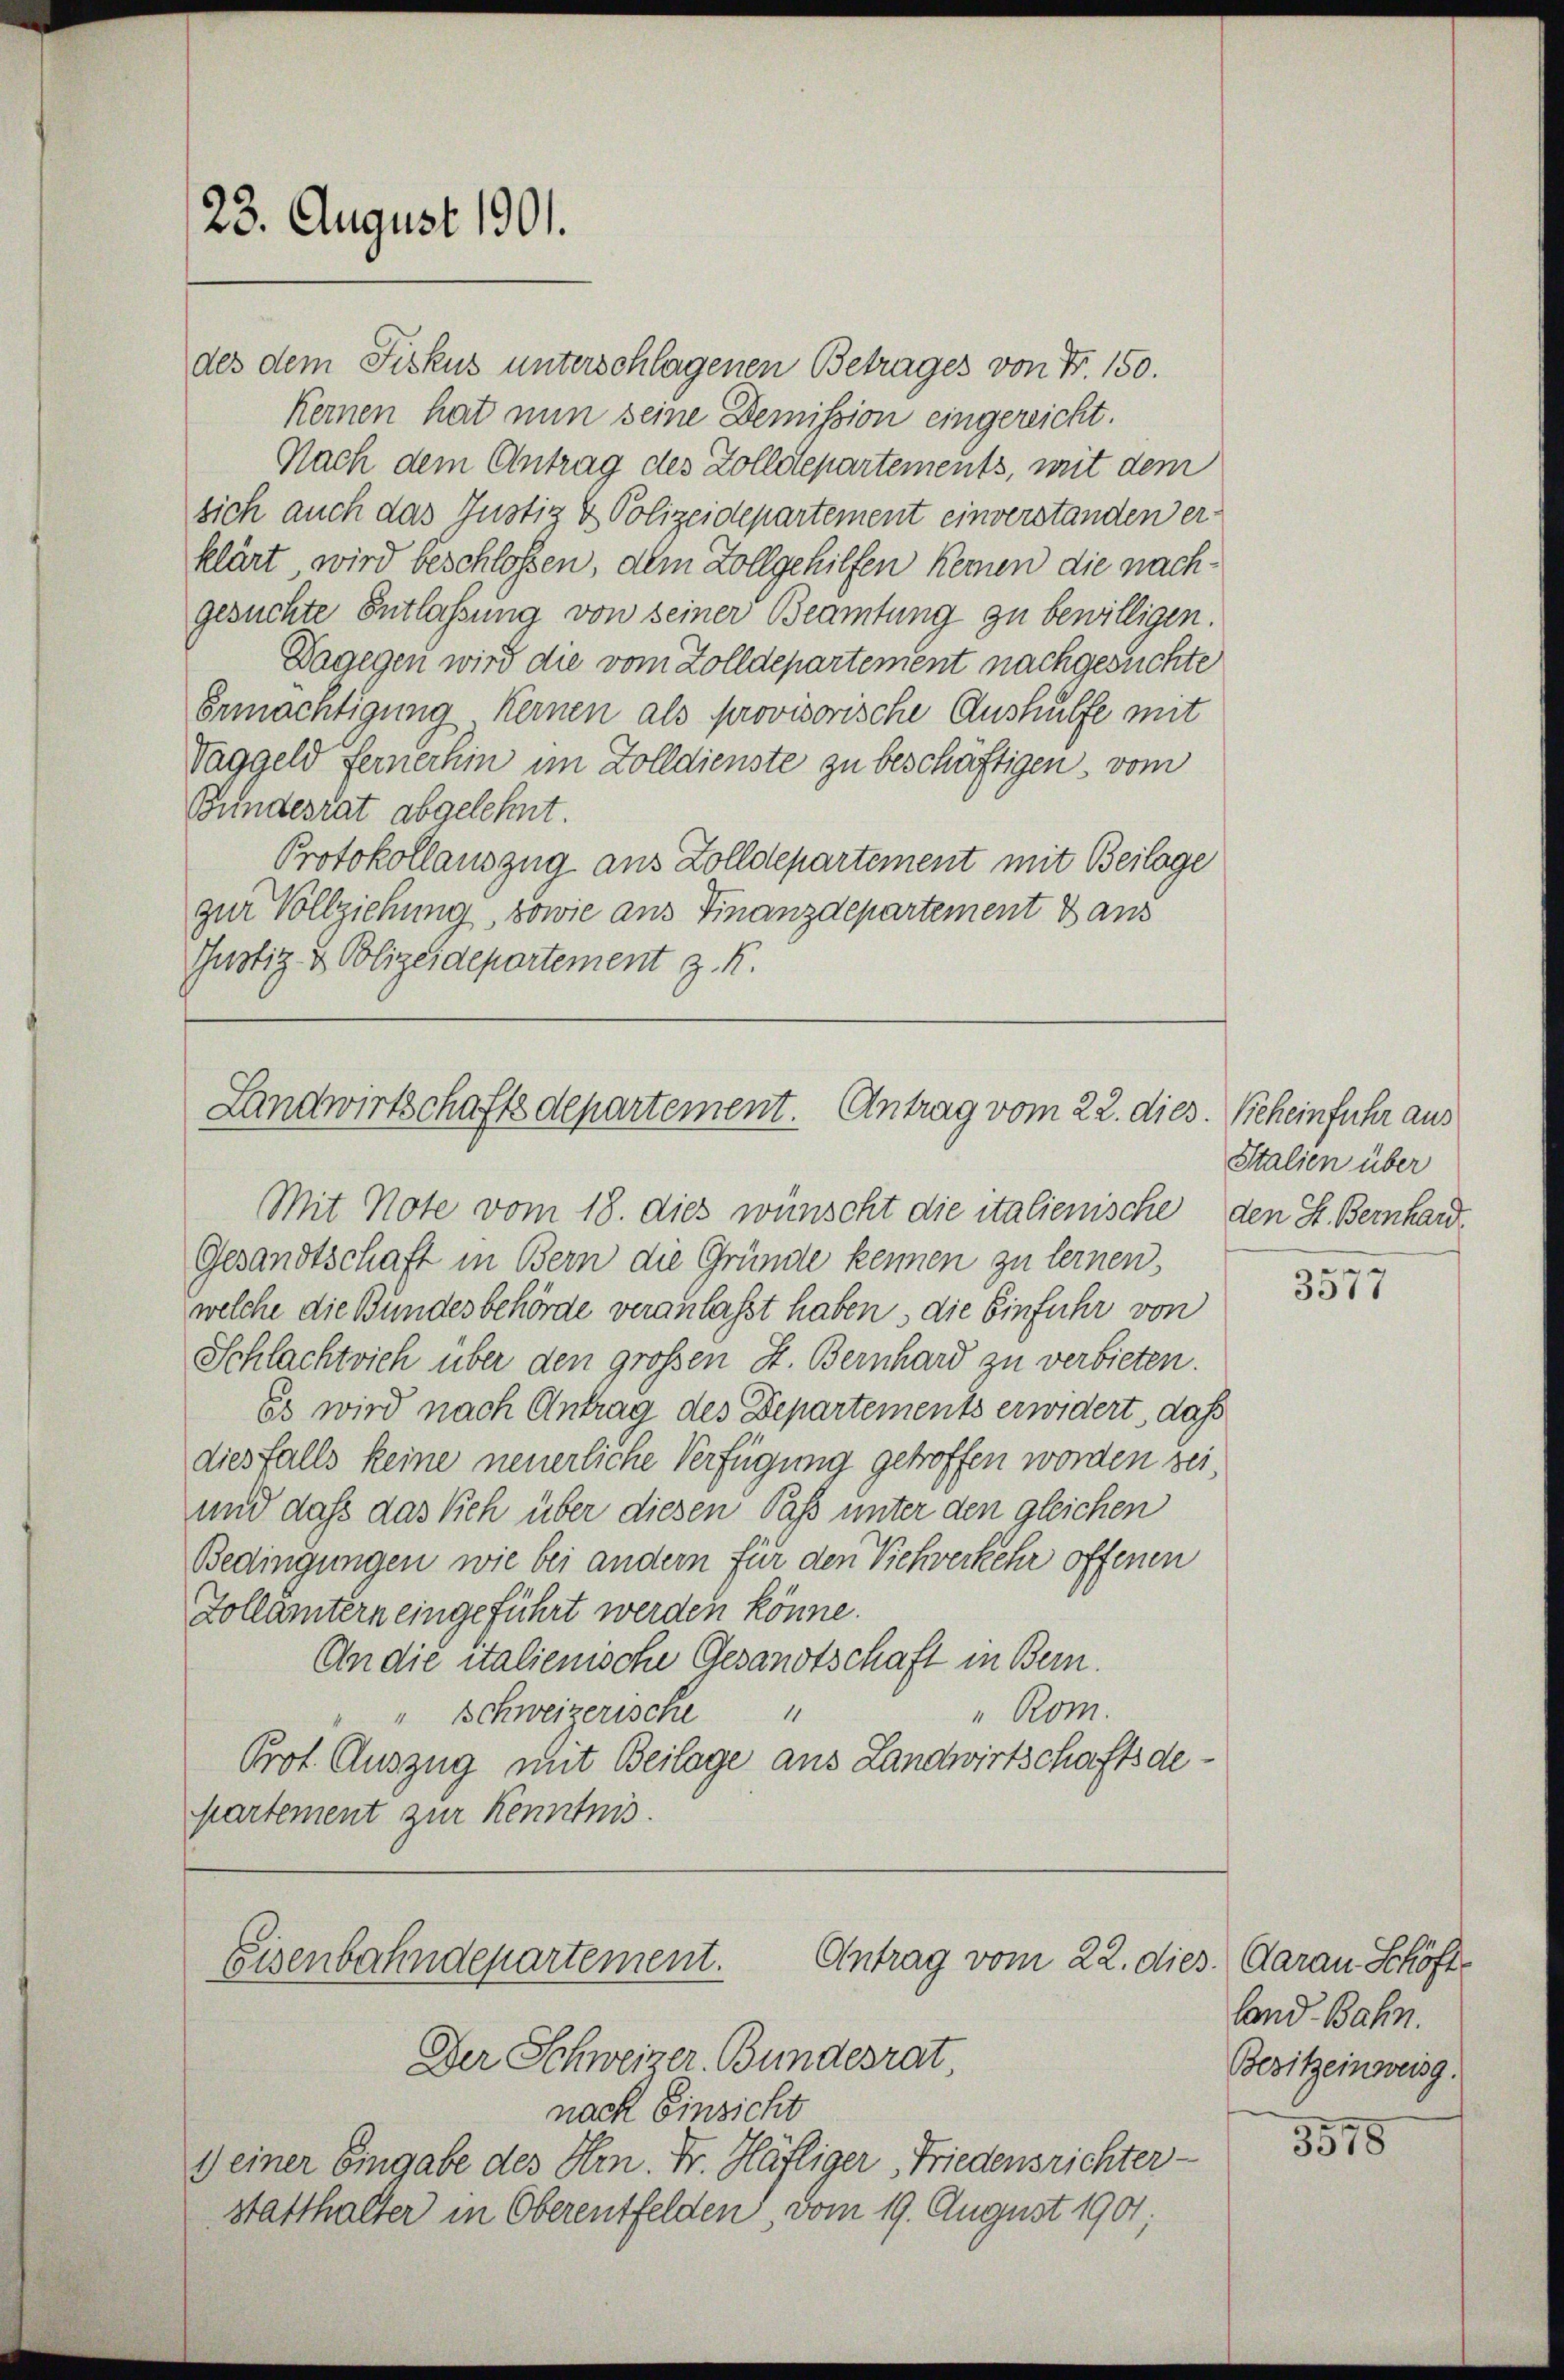
23. August 1901.

des dem Fiskus unterschlagenen Betrages von Nr. 150.
Kernen hat nun seine Demission eingereicht.
Nach dem Antrag des Zolldepartements, mit dem
sich auch das Justiz & Polizeidepartement einverstanden er-
klärt wird beschloßen, dem Zollgehilfen keinen die nachgesuchte Entlaßung von seiner Beamtung zu bewilligen.
Dagegen wird die vom Zolldepartement nachgesuchte
Ermächtigung keinen als provisorische Aushülfe mit
Taggeld fernerhin im Zolldienste zu beschäftigen, vom
Bundesrat abgelehnt.
Protokollauszug aus Zolldepartement mit Beilage
zur Vollziehung, sowie aus Finanzdepartement dans
Justiz- & Polizeidepartement z. K.

Landwirtschaftsdepartement. Antrag vom 22. dies. Beheinfuhr aus
Mit Note vom 18. dies wünscht die italienische, den St. Bernhard¬

Gesandtschaft in Bern die Gründe kennen zu lernen,
welche die Bundesbehörde veranlasst haben, die Einfuhr von
Schlachtvieh über den großen St. Bernhard zu verbieten.
Es wird nach Antrag des Departements erwidert, daß
diesfalls keine neuerliche Verfügung getroffen worden sei,
und daß das Vieh über diesen Paß unter den gleichen
Bedingungen wie bei andern für den Viehverkehr offenen
Zollämtern eingeführt werden könne.
An die italienische Gesandtschaft in Bern.
"Rom.
" Schweizerische
Prot. Auszug mit Beilage aus Landwirtschaftsdepartement zur Kenntnis.

Antrag vom 22. die
Eisenbahndepartement.
Der Schweizer. Bundesrat

nach Einsicht
1) einer Eingabe des Hrn. Fr. Häfliger, Friedensrichter-
statthalter in Oberentfelden, vom 19. August 1901;

Italien über

e
3317

B. Aarau Schöfte
land Bahn.
Besitzeinweisg

3578